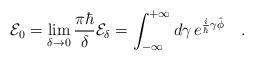
LaTeX: \begin{align*}{\cal E}_0=\lim_{\delta\rightarrow 0}\frac{\pi\hbar}{\delta}{\cal E}_\delta=\int_{-\infty}^{+\infty}d\gamma\,e^{\frac{i}{\hbar}\gamma\hat{\phi}}\ \ \ .\end{align*}